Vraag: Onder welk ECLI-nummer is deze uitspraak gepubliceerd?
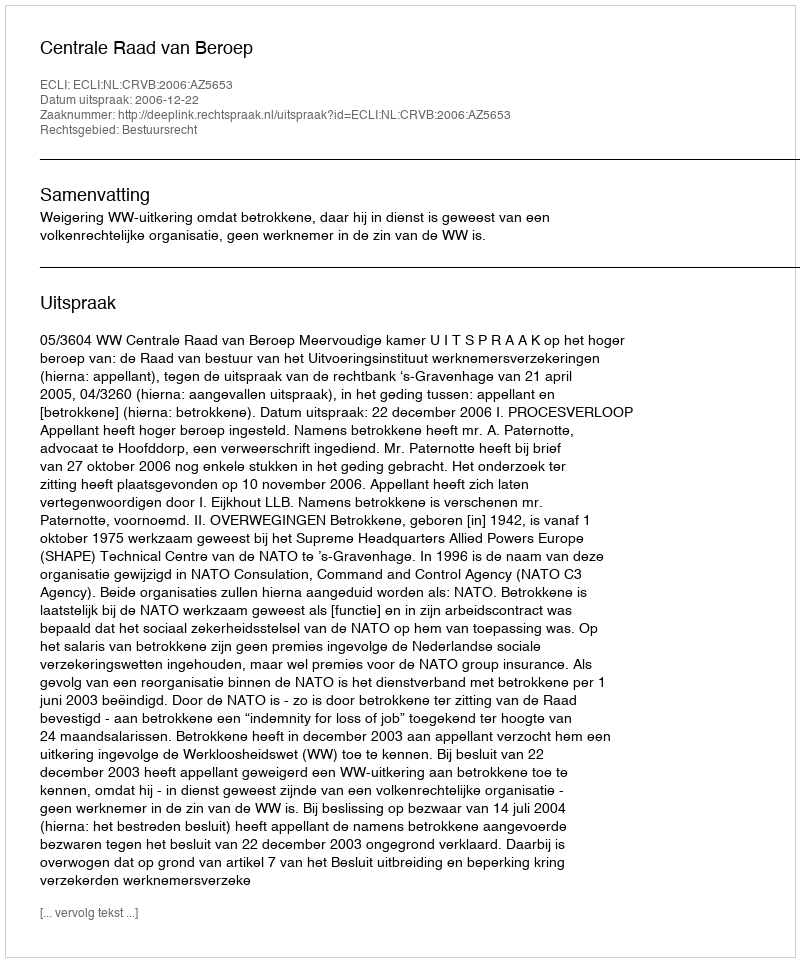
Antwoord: ECLI:NL:CRVB:2006:AZ5653